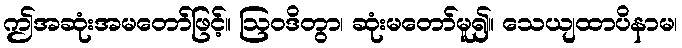
ဤအဆုံးအမတော်ဖြင့်။ ဩဝဒိတွာ၊ ဆုံးမတော်မူ၍။ သေယျထာပိနာမ၊